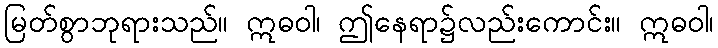
မြတ်စွာဘုရားသည်။ ဣဓဝါ၊ ဤနေရာ၌လည်းကောင်း။ ဣဓဝါ၊